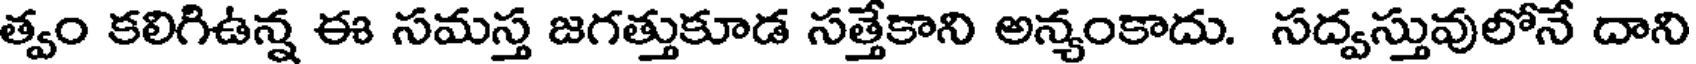
త్వం కలిగిఉన్న ఈ సమస్త జగత్తుకూడ సత్తేకాని అన్యంకాదు. సద్వస్తువులోనే దాని